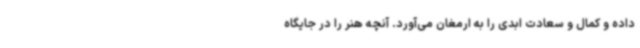
داده و کمال و سعادت ابدی را به ارمغان می‌آورد. آنچه هنر را در جایگاه